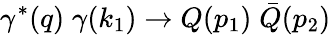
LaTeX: \gamma^{\ast}(q)\; \gamma(k_{1})\rightarrow Q(p_{1})\; \bar{Q}(p_{2})